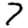
Digit: 7